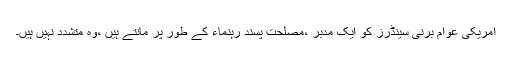
امریکی عوام برنی سینڈرز کو ایک مدبر ،مصلحت پسند رہنماء کے طور پر مانتے ہیں ،وہ متشدد نہیں ہیں۔